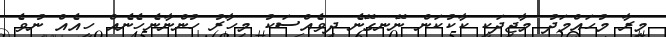
މީރާ މުހައްމަދު މާޖިދަކީ ކާކުކަން ނޭނގޭނެ ދިވެއްސަކު މިހާރު ހުންނާނެހެނެއް ހީއެއް ނުވެ